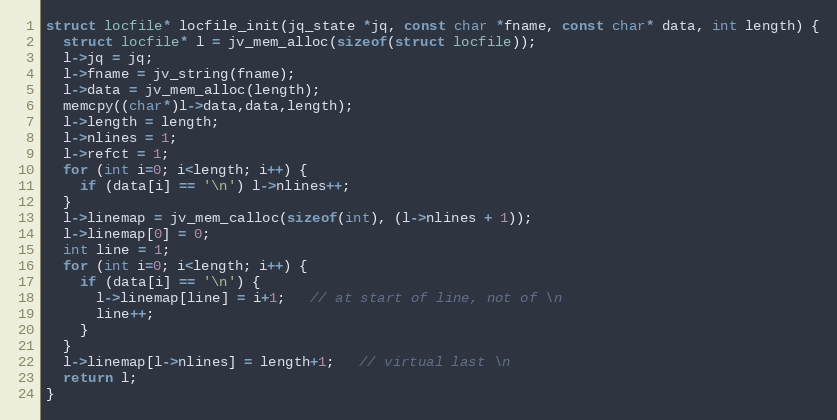
Language: C
struct locfile* locfile_init(jq_state *jq, const char *fname, const char* data, int length) {
  struct locfile* l = jv_mem_alloc(sizeof(struct locfile));
  l->jq = jq;
  l->fname = jv_string(fname);
  l->data = jv_mem_alloc(length);
  memcpy((char*)l->data,data,length);
  l->length = length;
  l->nlines = 1;
  l->refct = 1;
  for (int i=0; i<length; i++) {
    if (data[i] == '\n') l->nlines++;
  }
  l->linemap = jv_mem_calloc(sizeof(int), (l->nlines + 1));
  l->linemap[0] = 0;
  int line = 1;
  for (int i=0; i<length; i++) {
    if (data[i] == '\n') {
      l->linemap[line] = i+1;   // at start of line, not of \n
      line++;
    }
  }
  l->linemap[l->nlines] = length+1;   // virtual last \n
  return l;
}